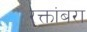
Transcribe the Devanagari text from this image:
रक्तांबरा